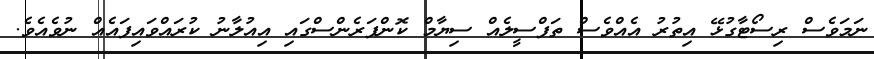
ނަމަވެސް ރިސޯޓާގުޅޭ އިތުރު އެއްވެސް ތަފްސީލެއް ސިޔާމް ކޮންފަރެންސްގައި އިއުލާނު ކުރައްވައިފައެއް ނުވެއެވެ.